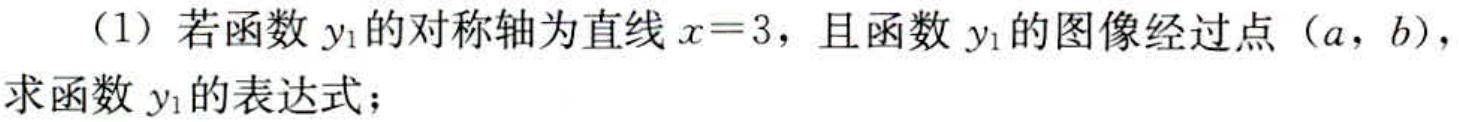
（1）若函数\(y_{1}\)的对称轴为直线\(x = 3\)，且函数\(y_{1}\)的图像经过点\((a,b)\)，求函数\(y_{1}\)的表达式；